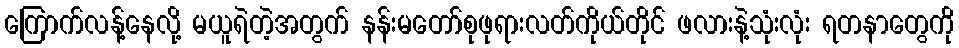
ကြောက်လန့်နေလို့ မယူရဲတဲ့အတွက် နန်းမတော်စုဖုရားလတ်ကိုယ်တိုင် ဖလားနဲ့သုံးလုံး ရတနာတွေကို